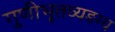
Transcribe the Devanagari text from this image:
गुणीभूतव्यङग्य